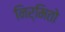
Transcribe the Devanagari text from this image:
निर्मितो